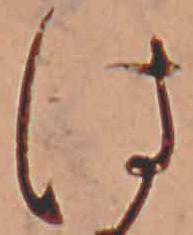
は